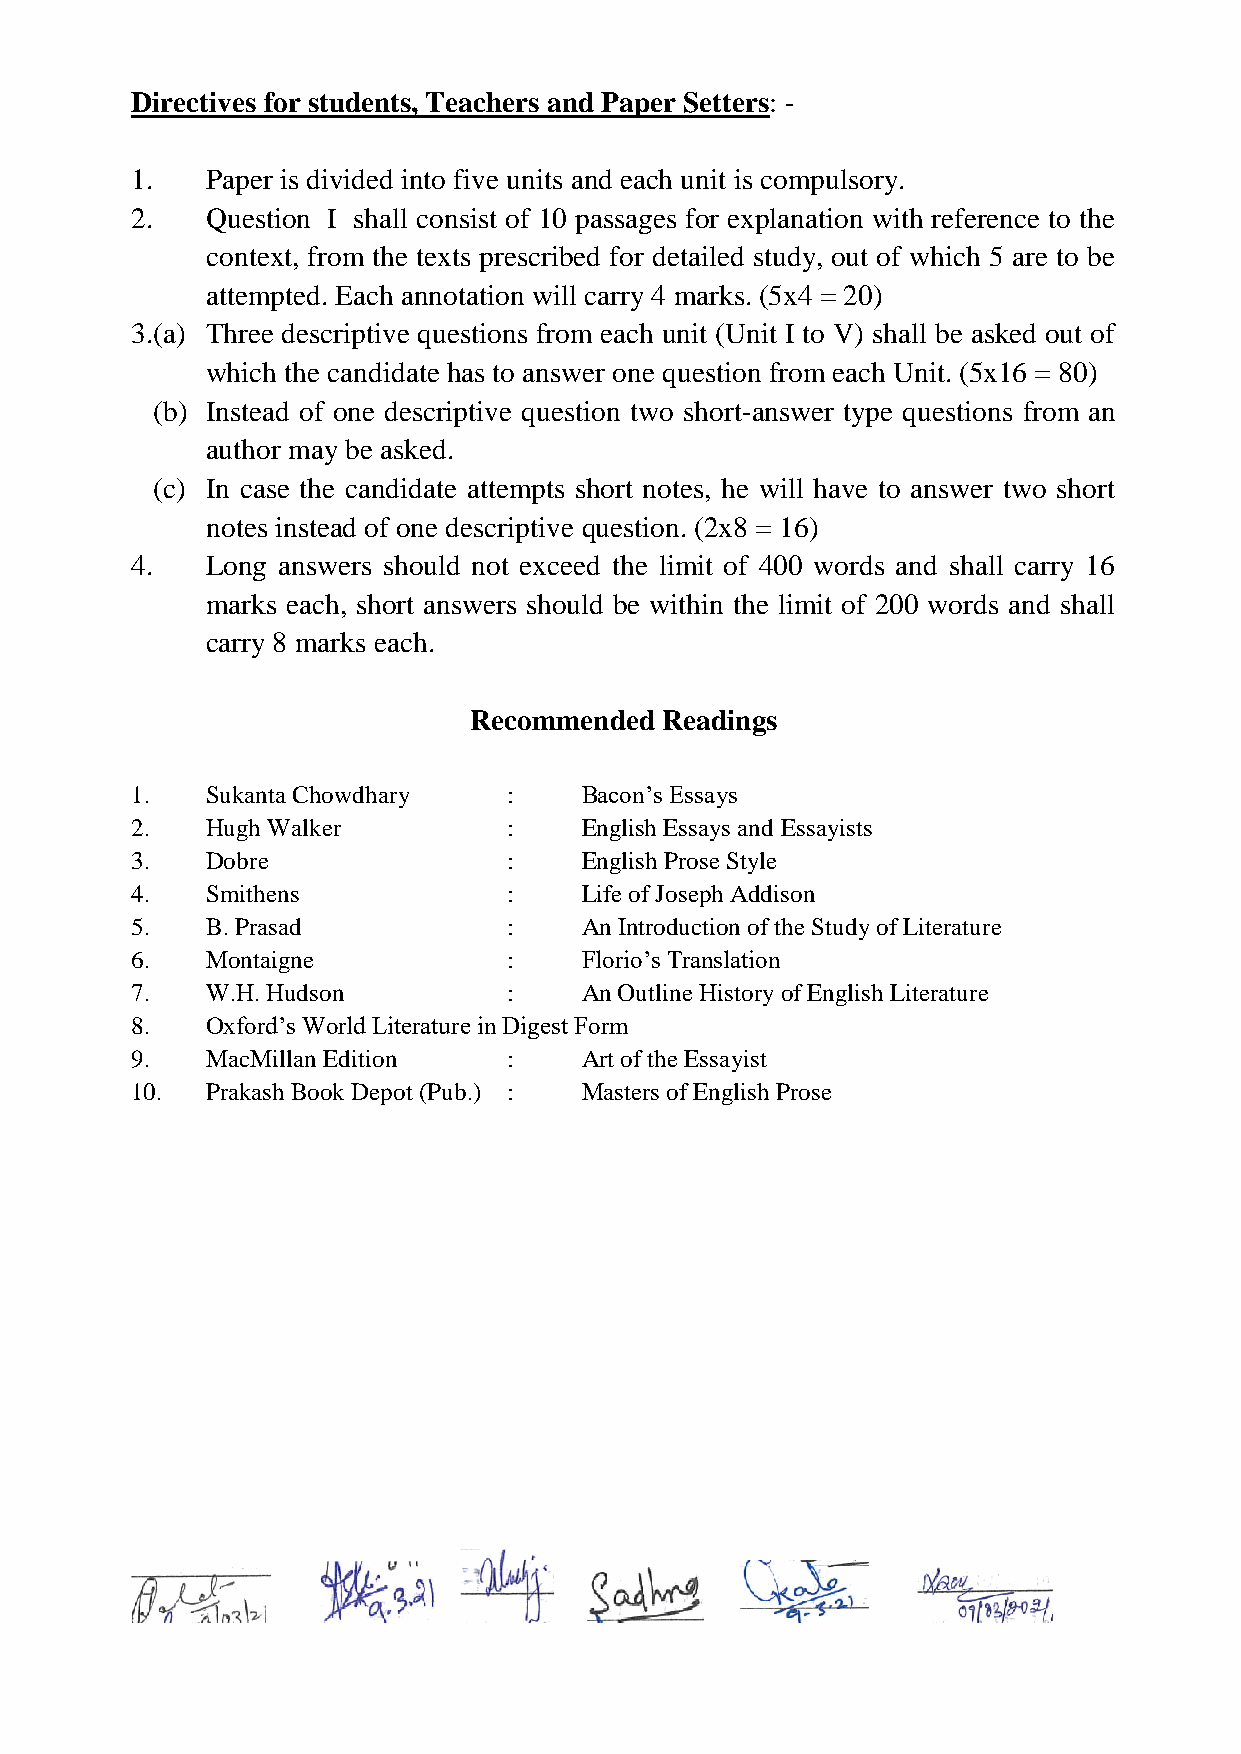
Directives for students, Teachers and Paper Setters: -
 1.   Paper is divided into five units and each unit is compulsory.
 2.   Question I shall consist of 10 passages for explanation with reference to the
 context, from the texts prescribed for detailed study, out of which 5 are to be
 attempted. Each annotation will carry 4 marks. (5x4 = 20)
 3.(a) Three descriptive questions from each unit (Unit I to V) shall be asked out of
 which the candidate has to answer one question from each Unit. (5x16 = 80)
 (b) Instead of one descriptive question two short-answer type questions from an
 author may be asked.
 (c) In case the candidate attempts short notes, he will have to answer two short
 notes instead of one descriptive question. (2x8 = 16)
 4.   Long answers should not exceed the limit of 400 words and shall carry 16
 marks each, short answers should be within the limit of 200 words and shall
 carry 8 marks each.
 Recommended  Readings
 1.   Sukanta Chowdhary   :   Bacon’s Essays
 2.   Hugh Walker         :   English Essays and Essayists
 3.   Dobre               :   English Prose Style
 4.   Smithens            :   Life of Joseph Addison
 5.   B. Prasad           :   An Introduction of the Study of Literature
 6.   Montaigne           :   Florio’s Translation
 7.   W.H. Hudson         :   An Outline History of English Literature
 8.   Oxford’s World Literature in Digest Form
 9.   MacMillan Edition   :   Art of the Essayist
 10.  Prakash Book Depot (Pub.) : Masters of English Prose